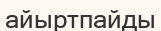
айыртпайды